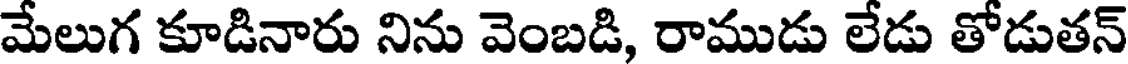
మేలుగ కూడినారు నిను వెంబడి, రాముడు లేడు తోడుతన్